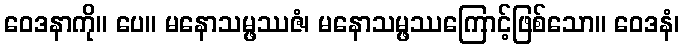
ဝေဒနာကို။ ပေ။ မနောသမ္ဖဿဇံ၊ မနောသမ္ဖဿကြောင့်ဖြစ်သော။ ဝေဒနံ၊